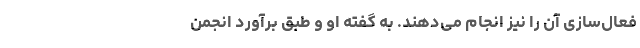
فعال‌سازی آن را نیز انجام می‌دهند. به گفته او و طبق برآورد انجمن